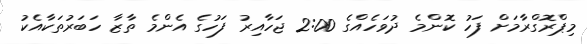
މިޕްރޮގްރާމަށް ފަހު ކޮންމެ ދުވަހެއްގެ 2:00 ޖަހާއިރު ފަހުގެ އެންމެ ތާޒާ ހަބަރުތަކާއެކު